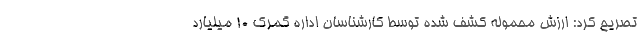
تصریح کرد: ارزش محموله کشف شده توسط کارشناسان اداره گمرک ۱۰ میلیارد